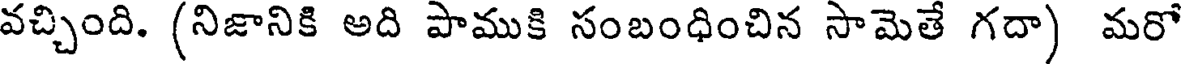
వచ్చింది. (నిజానికి అది పాముకి సంబంధించిన సామెతే గదా) మరో